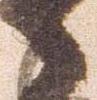
々